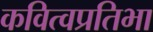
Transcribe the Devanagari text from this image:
कवित्वप्रतिभा